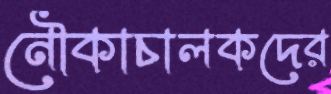
নৌকাচালকদের